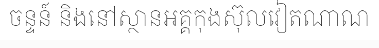
ចន្ទន៍ និងនៅស្ថានអគ្គកុងស៊ុលវៀតណាណ